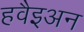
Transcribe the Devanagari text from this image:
हवैइअन